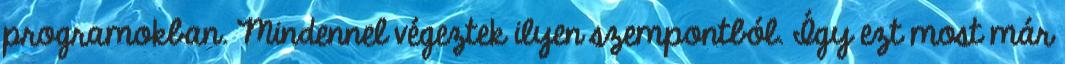
programokban. Mindennel végeztek ilyen szempontból. Így ezt most már